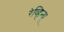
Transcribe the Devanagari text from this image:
रेव्हिन्यू